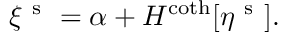
\xi ^ { \mathrm { ~ s ~ } } = \alpha + H ^ { \coth } [ \eta ^ { \mathrm { ~ s ~ } } ] .